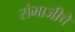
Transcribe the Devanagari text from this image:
संभाजीचे